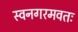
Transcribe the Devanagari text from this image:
स्वनगरमवतः